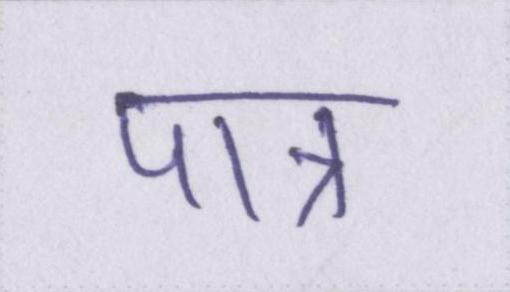
पात्र